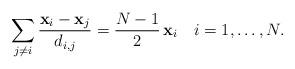
LaTeX: \begin{align*}\sum_{j\not= i} \frac{{\bf x}_i- {\bf x}_j}{d_{i,j}} = \frac{N-1}{2}\,{\bf x}_i\ \ \ i=1,\dots, N.\end{align*}